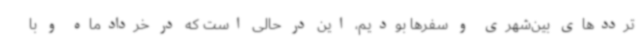
ترددهای بین‌شهری و سفرها بودیم، این در حالی است که در خردادماه و با